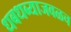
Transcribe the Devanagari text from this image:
धबधब्याजवळच